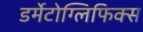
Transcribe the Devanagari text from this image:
डर्मेटोग्लिफिक्स